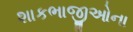
શાકભાજીઓના